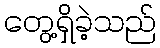
တွေ့ရှိခဲ့သည်